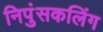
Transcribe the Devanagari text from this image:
निपुंसकलिंग